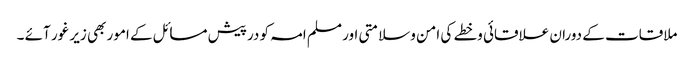
ملاقات کے دوران علاقائی وخطے کی امن وسلامتی اور مسلم امہ کو درپیش مسائل کے امور بھی زیر غور آئے ۔